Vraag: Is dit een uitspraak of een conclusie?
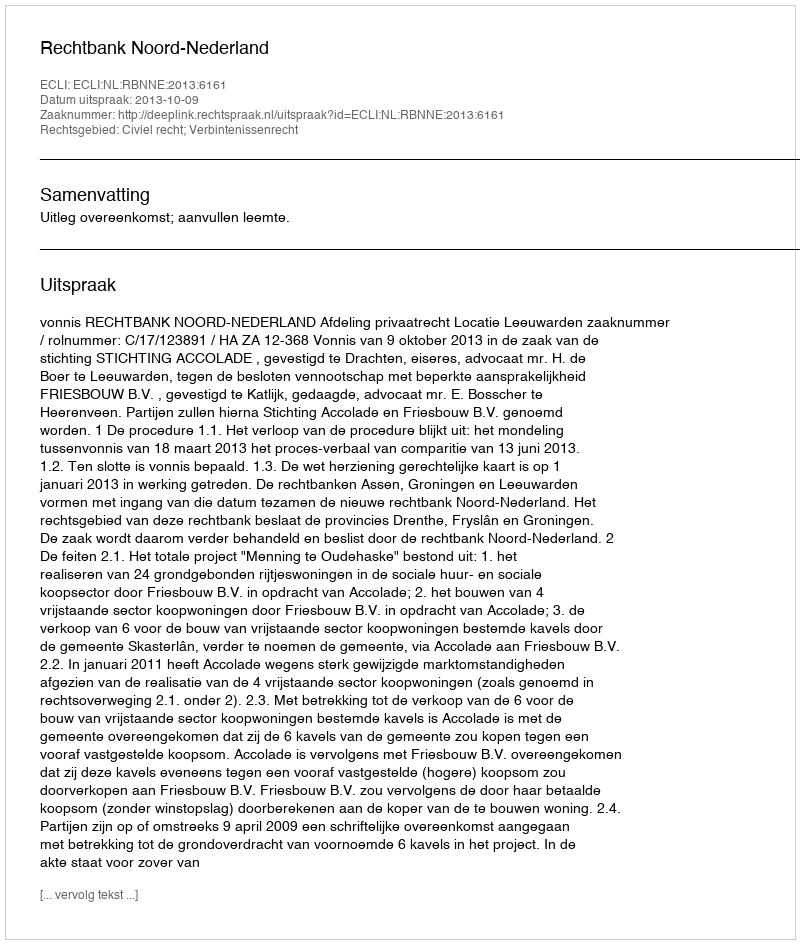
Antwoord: Uitspraak